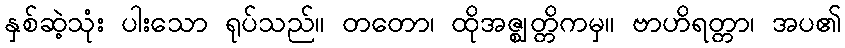
နှစ်ဆဲ့သုံး ပါးသော ရုပ်သည်။ တတော၊ ထိုအဇ္ဈတ္တိကမှ။ ဗာဟိရတ္တာ၊ အပ၏